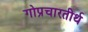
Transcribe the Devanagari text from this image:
गोप्रचारतीर्थ